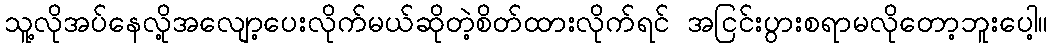
သူ့လိုအပ်နေလို့အလျော့ပေးလိုက်မယ်ဆိုတဲ့စိတ်ထားလိုက်ရင် အငြင်းပွားစရာမလိုတော့ဘူးပေါ့။